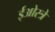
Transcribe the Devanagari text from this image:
ईओस्त्रे